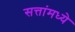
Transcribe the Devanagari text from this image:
सत्तांमध्ये